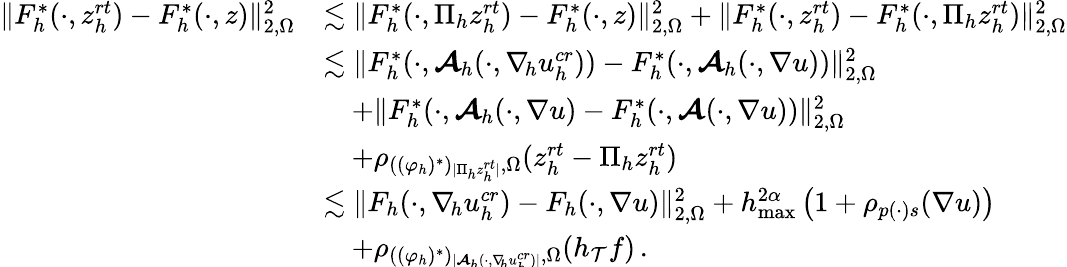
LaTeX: \begin{array}{r}{\begin{array}{rl}{\| F_{h}^{*}(\cdot,z_{h}^{\textit{rt}})-F_{h}^{*}(\cdot,z)\| _{2,\Omega}^{2}}&{\lesssim\| F_{h}^{*}(\cdot,\Pi_{h}z_{h}^{\textit{rt}})-F_{h}^{*}(\cdot,z)\| _{2,\Omega}^{2}+\| F_{h}^{*}(\cdot,z_{h}^{\textit{rt}})-F_{h}^{*}(\cdot,\Pi_{h}z_{h}^{\textit{rt}})\| _{2,\Omega}^{2}}\\ &{\lesssim\| F_{h}^{*}(\cdot,\boldsymbol{\mathcal{A}}_{h}(\cdot,\nabla_{\! h}u_{h}^{\textit{cr}}))-F_{h}^{*}(\cdot,\boldsymbol{\mathcal{A}}_{h}(\cdot,\nabla u))\| _{2,\Omega}^{2}}\\ &{\quad+\| F_{h}^{*}(\cdot,\boldsymbol{\mathcal{A}}_{h}(\cdot,\nabla u)-F_{h}^{*}(\cdot,\boldsymbol{\mathcal{A}}(\cdot,\nabla u))\| _{2,\Omega}^{2}}\\ &{\quad+\rho_{((\varphi_{h})^{*})_{\smash{\vert\Pi_{h}z_{h}^{\textit{rt}}\vert}},\Omega}(z_{h}^{\textit{rt}}-\Pi_{h}z_{h}^{\textit{rt}})}\\ &{\lesssim\| F_{h}(\cdot,\nabla_{\! h}u_{h}^{\textit{cr}})-F_{h}(\cdot,\nabla u)\| _{2,\Omega}^{2}+h_{\operatorname*{max}}^{2\alpha}\, \big(1+\rho_{p(\cdot)s}(\nabla u)\big)}\\ &{\quad+\rho_{((\varphi_{h})^{*})_{\smash{\vert\boldsymbol{\mathcal{A}}_{h}(\cdot,\nabla_{\! h}u_{h}^{\textit{cr}})\vert}},\Omega}(h_{\mathcal{T}}f)\, .}\end{array}}\end{array}